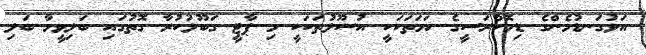
އަޅުގަނޑުމެންގެ ޑިމޮކްރަސީގެ ހަމަތަކަކީ އުސޫލުތަކަކީ މި ޕާޓީ ގަބޫލުކުރާ ގޮތުގައި ބަލިވީމާ ބަލި